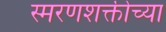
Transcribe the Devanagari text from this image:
स्मरणशक्तीच्या